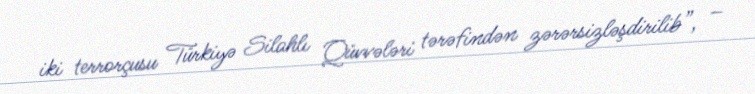
iki terrorçusu Türkiyə Silahlı Qüvvələri tərəfindən zərərsizləşdirilib”, –